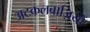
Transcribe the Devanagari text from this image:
अटकलबाज़ियों